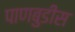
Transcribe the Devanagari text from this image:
पाणबुडीस